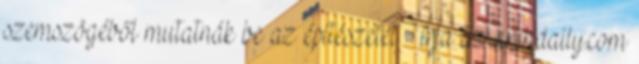
szemszögéből mutatnák be az építészetet – írja az archdaily.com